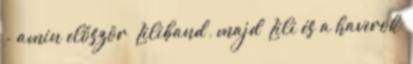
- amin először ’Liliband’, majd ’Lili és a haverok’